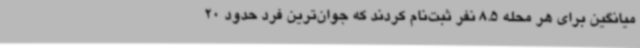
میانگین برای هر محله 8.5 نفر ثبت‌نام کردند که جوان‌ترین فرد حدود 20